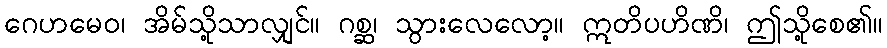
ဂေဟမေဝ၊ အိမ်သို့သာလျှင်။ ဂစ္ဆ၊ သွားလေလော့။ ဣတိပဟိဏိ၊ ဤသို့စေ၏။